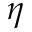
\eta